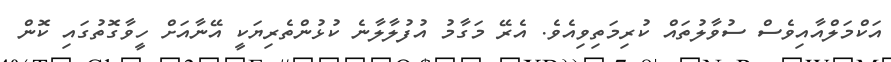
އަކްމަލްއާއިވެސް ސުވާލުތައް ކުރިމަތިވިއެވެ. އެރޭ މަގާމު އުފުލާލާނެ ކުޅުންތެރިޔަކީ އޭނާއަށް ހީވާގޮތުގައި ކޮން